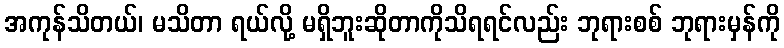
အကုန်သိတယ်၊ မသိတာ ရယ်လို့ မရှိဘူးဆိုတာကိုသိရရင်လည်း ဘုရားစစ် ဘုရားမှန်ကို